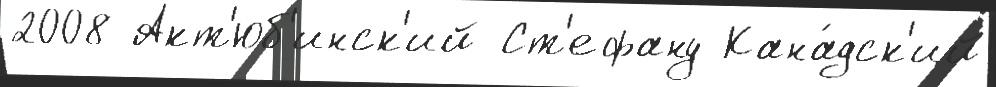
2008 Акт'юб'инск'ий Ст'ефану Кана́дск'ий